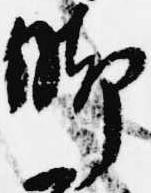
脚